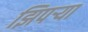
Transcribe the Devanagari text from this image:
झिपर्‍या